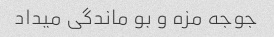
جوجه مزه و بو ماندگی میداد